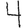
Digit: 4